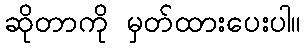
ဆိုတာကို မှတ်ထားပေးပါ။